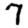
Digit: 7